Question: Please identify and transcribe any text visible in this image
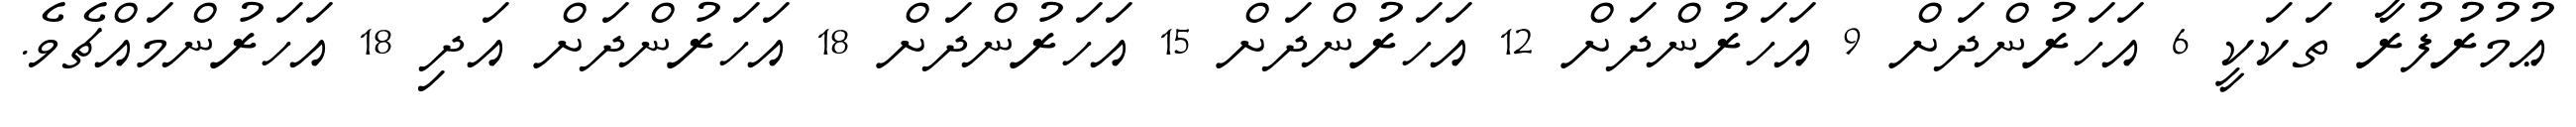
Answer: ޢުމުރުފުރާ ތަކަކީ 6 އަހަރުންދަށް 9 އަހަރުންދަށް 12 އަހަރުންދަށް 15 އަހަރުންދަށް 18 އަހަރުންދަށް އަދި 18 އަހަރުންމައްޗެވެ.